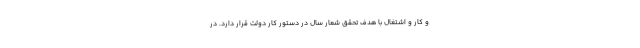
و کار و اشتغال با هدف تحقق شعار سال در دستور کار دولت قرار دارد. در